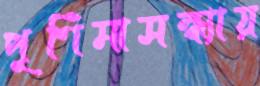
পূর্ণিমাসন্ধ্যায়